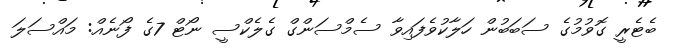
ބެޓެރީ ގޮވުމުގެ ސަބަބުން ހަލާކުވެފައިވާ ސެމްސަންގް ގެލެކްސީ ނޯޓް 7ގެ ފޯނެއް: މައްސަލަ